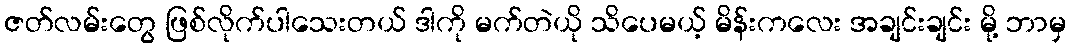
ဇတ်လမ်းတွေ ဖြစ်လိုက်ပါသေးတယ် ဒါကို မက်တဲယို သိပေမယ့် မိန်းကလေး အချင်းချင်း မို့ ဘာမှ